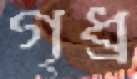
গৃধ্র